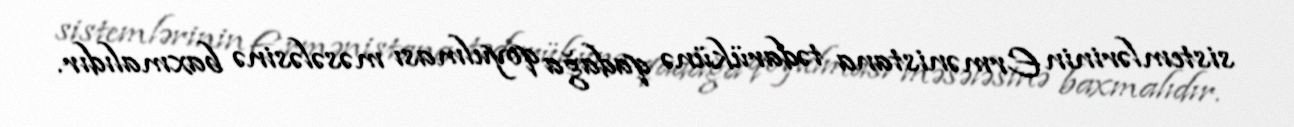
sistemlərinin Ermənistana tədarükünə qadağa qoyulması məsələsinə baxmalıdır.